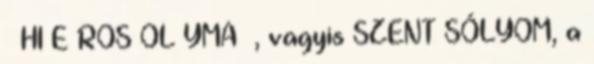
HI E ROS OL YMA , vagyis SZENT SÓLYOM, a